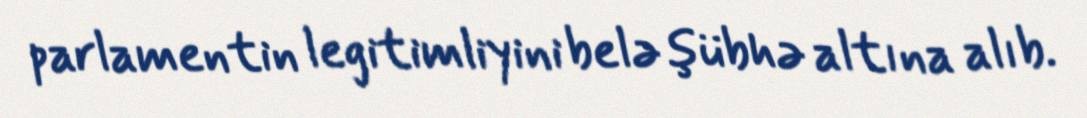
parlamentin legitimliyini belə şübhə altına alıb.